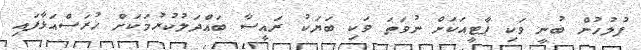
ފުލުހުން ބުނީ ވަކި ޕާޓީއަކަށް ނުވަތަ ވަކި ބަޔަކު ރައީސާ ބައްދަލުކުރުމަކަށް ހުރަސްއަޅާފައި